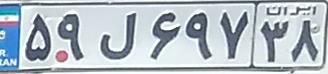
۵۹ل۶۹۷۳۸